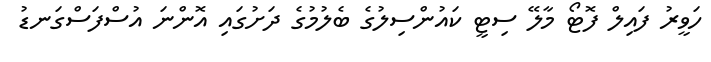
ހަވީރު ފައިލް ފޮޓޯ މާލޭ ސިޓީ ކައުންސިލުގެ ބެލުމުގެ ދަށުގައި އޮންނަ އުސްފަސްގަނޑު